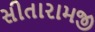
સીતારામજી